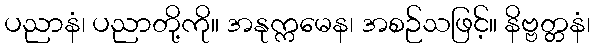
ပညာနံ၊ ပညာတို့ကို။ အနုက္ကမေန၊ အစဉ်သဖြင့်။ နိဗ္ဗတ္တနံ၊